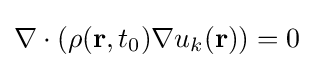
\nabla \cdot (\rho (\mathbf {r} ,t_{0})\nabla u_{k}(\mathbf {r} ))=0